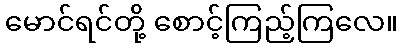
မောင်ရင်တို့ စောင့်ကြည့်ကြလေ။